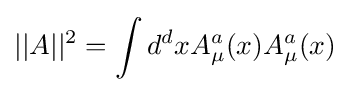
||A||^{2}=\int d^{d}xA_{\mu }^{a}(x)A_{\mu }^{a}(x)\;